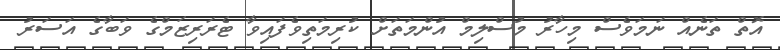
އޮތް ތަނެއް ނަމަވެސް މިހާރު މުސްލިމް އުންމަތަަށް ކުރިމަތިވެފައިވާ ޓެރަރިޒަމްގެ ވަބާގެ އަސަރު